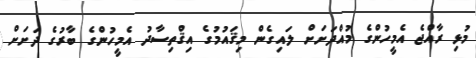
މުޅި ރާއްޖެ އެމީހުންގެ މުއްދަށަށް ލައިގެން މިޤައުމުގެ އިޤްތިސާދު އެމީހުންގެ ބާރުގެ ދަށަށް